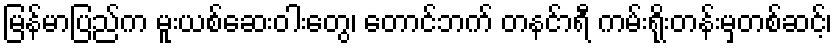
မြန်မာပြည်က မူးယစ်ဆေးဝါးတွေ၊ တောင်ဘက် တနင်ာရီ ကမ်းရိုးတန်းမှတစ်ဆင့်၊